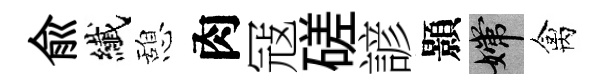
兪纎憩肉冦磋諺顥嫦禽